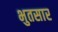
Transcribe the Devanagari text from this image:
भुतसार